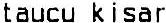
TAUCU KISAR